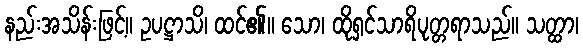
နည်းအသိန်းဖြင့်။ ဥပဋ္ဌာသိ၊ ထင်၏။ သော၊ ထိုရှင်သာရိပုတ္တရာသည်။ သတ္ထာ၊